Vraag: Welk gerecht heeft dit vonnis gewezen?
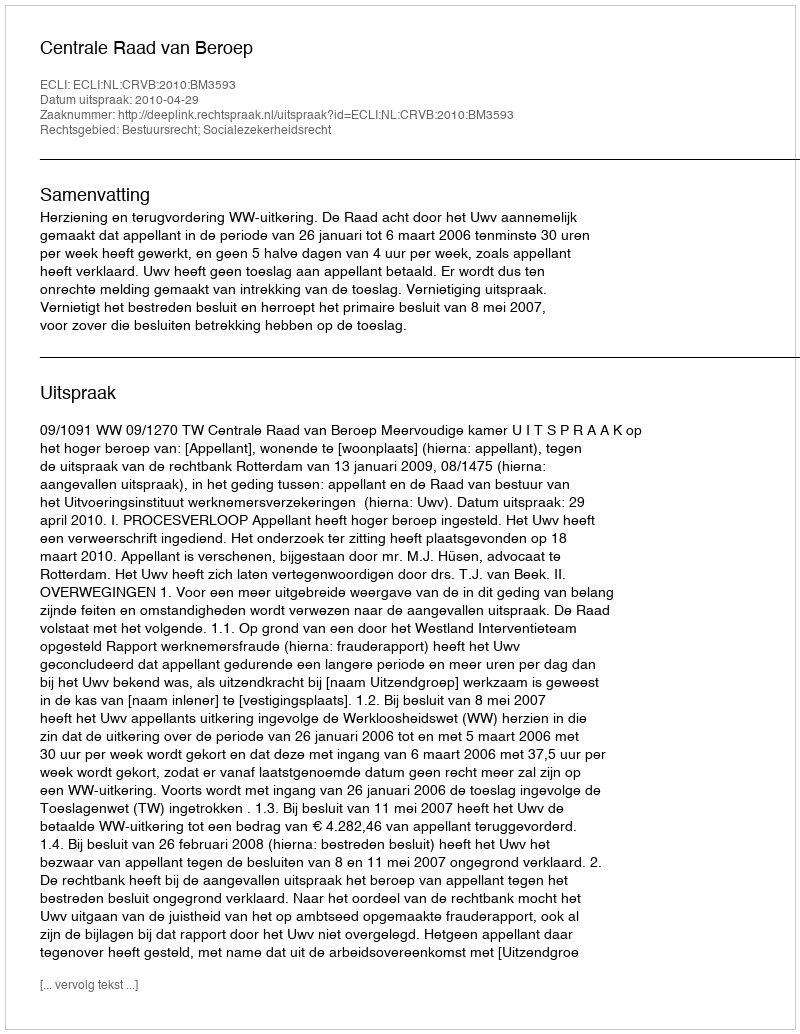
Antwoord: Centrale Raad van Beroep